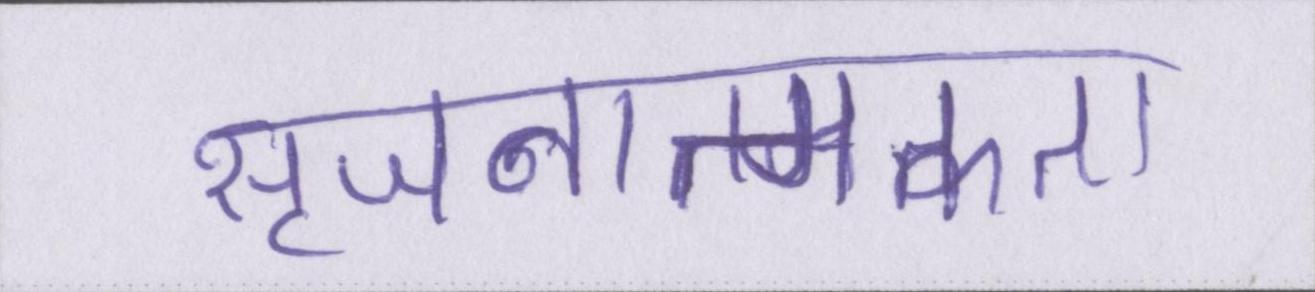
सृजनात्मकता